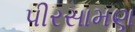
પીરસામણ